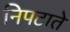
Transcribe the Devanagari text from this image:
निपटाते